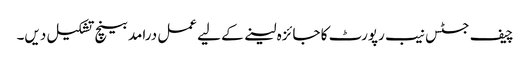
چیف جسٹس نیب رپورٹ کا جائزہ لینے کے لیے عمل درامد بینچ تشکیل دیں۔